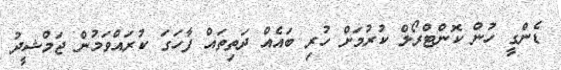
ޑެންގީ ހުން ކޮންޓްރޯލް ކުރުމަށް ހުރި ބައެއް ދަތިތައް ފާހަގަ ކުރައްވަމުން ޖަމްޝީދު